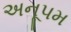
અનૂપમ